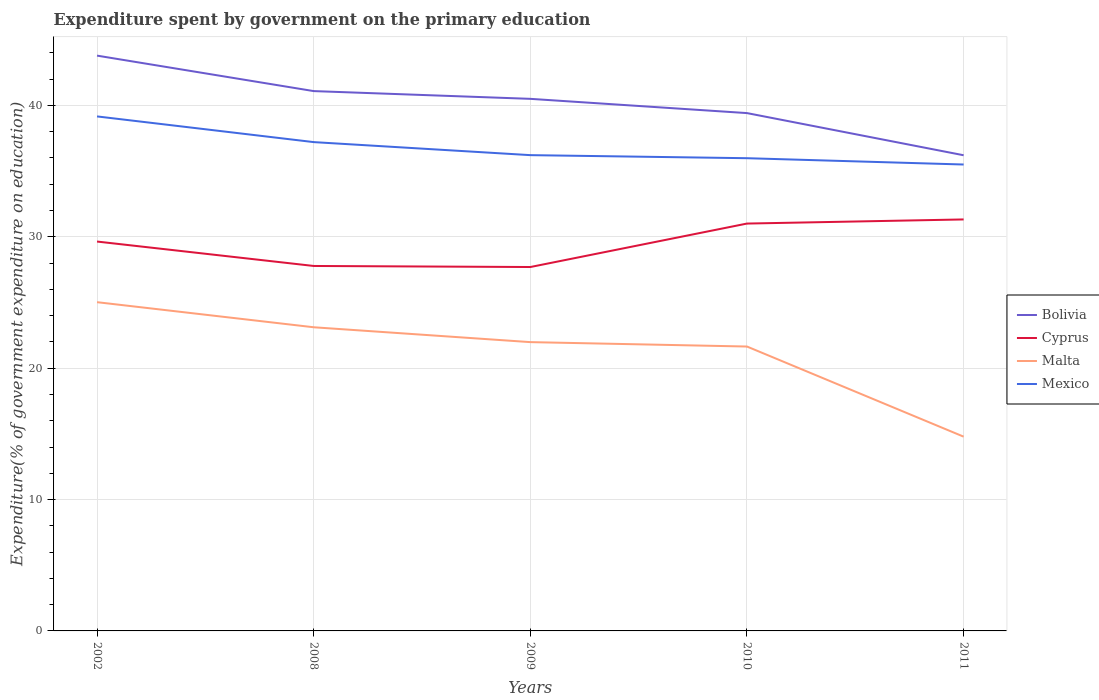
| Years | Bolivia | Cyprus | Malta | Mexico |
 | --- | --- | --- | --- | --- |
 | 2002 | 43.8 | 29.6 | 25 | 39.2 |
 | 2008 | 41.1 | 27.8 | 23.1 | 37.2 |
 | 2009 | 40.5 | 27.7 | 22 | 36.2 |
 | 2010 | 39.4 | 31 | 21.6 | 36 |
 | 2011 | 36.2 | 31.3 | 14.8 | 35.5 |